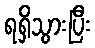
ရရှိသွားပြီး